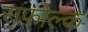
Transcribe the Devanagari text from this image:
सफ़ोल्क